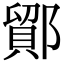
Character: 鄮